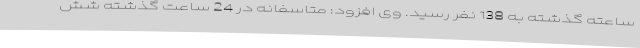
ساعته گذشته به 138 نفر رسید. وی افزود: متاسفانه در 24 ساعت گذشته شش